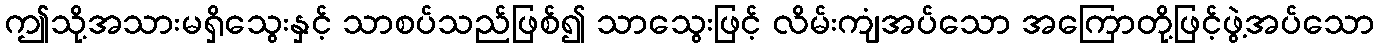
ဤသို့အသားမရှိသွေးနှင့် သာစပ်သည်ဖြစ်၍ သာသွေးဖြင့် လိမ်းကျံအပ်သော အကြောတို့ဖြင့်ဖွဲ့အပ်သော